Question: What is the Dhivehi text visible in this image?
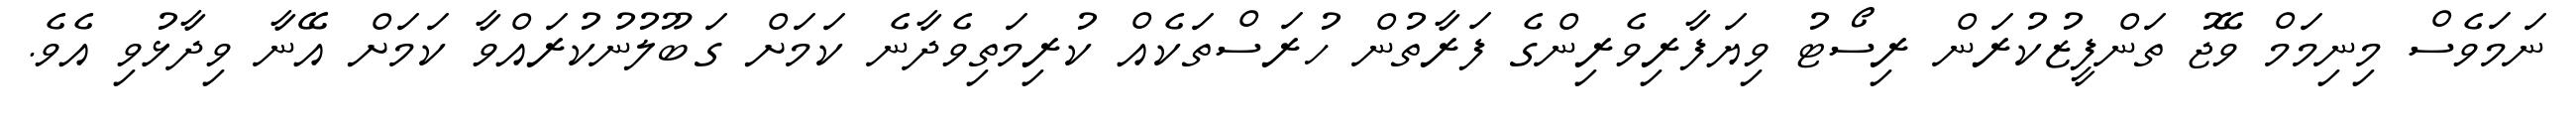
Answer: ނަމަވެސް މިނިމަމް ވޭޖު ތަންފީޒުކުރަން ރިސޯޓު ވިޔަފާރިވެރިންގެ ފަރާތުން ހުރަސްތަކެއް ކުރިމަތިވެދާނެ ކަމަށް ގަބޫލުނުކުރައްވާ ކަމަށް އޭނާ ވިދާޅުވި އެވެ.